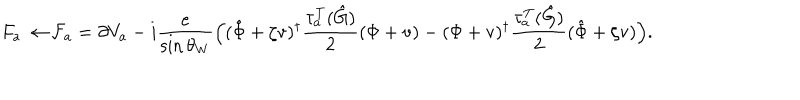
LaTeX: F _ { a } \to { \cal F } _ { a } = \partial V _ { a } - i \frac e { \sin \theta _ { W } } \Bigl ( ( \hat { \Phi } + \zeta \mathrm { v } ) ^ { \dagger } \frac { \tau _ { a } ^ { T } ( \hat { G } ) } 2 ( \Phi + \mathrm { v } ) - ( \Phi + \mathrm { v } ) ^ { \dagger } \frac { \tau _ { a } ^ { T } ( \hat { G } ) } 2 ( \hat { \Phi } + \zeta \mathrm { v } ) \Bigr ) . \nonumber